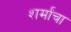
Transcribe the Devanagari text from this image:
शर्मांचा